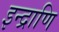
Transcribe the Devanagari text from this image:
इन्द्राणि